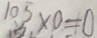
1 0 5 \times 0 = 0